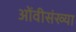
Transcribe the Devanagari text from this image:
ओंवीसंख्या